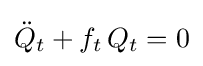
{\ddot {Q}}_{t}+f_{t}\,Q_{t}=0